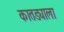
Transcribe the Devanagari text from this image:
कातड्याला